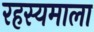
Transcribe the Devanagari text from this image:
रहस्यमाला